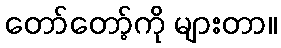
တော်တော့်ကို များတာ။